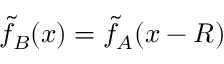
\tilde { f } _ { B } ( x ) = \tilde { f } _ { A } ( x - R )